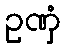
ဥဏှံ